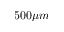
5 0 0 \mu m